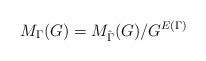
LaTeX: \begin{align*}M_{\Gamma}(G) = M_{\hat{\Gamma}}(G)/ G^{E(\Gamma)}\\\end{align*}